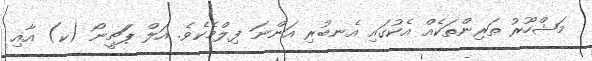
މަޝްހޫރު ތަރިންތަކެއް އެކުގައި އެނބުރި އަންނަ ފިލްމެކެވެ. އަލް ޕަޗީނޯ (ކ) އާއި